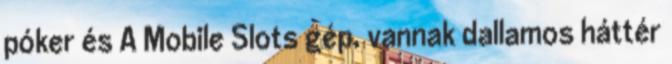
póker és A Mobile Slots gép, vannak dallamos háttér